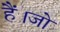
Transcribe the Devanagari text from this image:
हैं।जो